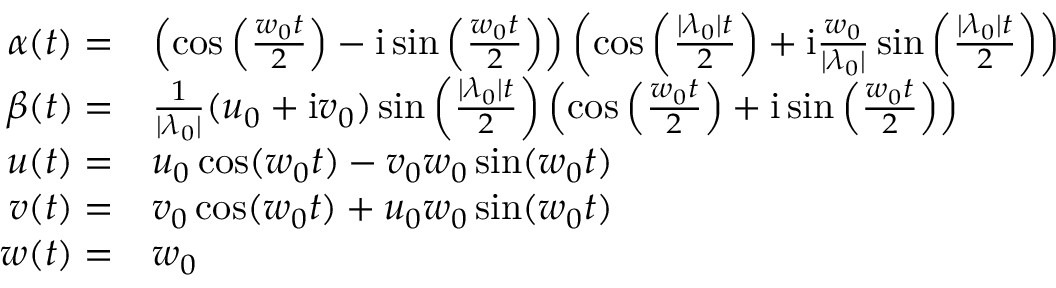
\begin{array} { r l } { \alpha ( t ) = } & { \left( \cos \left( \frac { w _ { 0 } t } { 2 } \right) - \mathrm { i } \sin \left( \frac { w _ { 0 } t } { 2 } \right) \right) \left( \cos \left( \frac { | \lambda _ { 0 } | t } { 2 } \right) + \mathrm { i } \frac { w _ { 0 } } { | \lambda _ { 0 } | } \sin \left( \frac { | \lambda _ { 0 } | t } { 2 } \right) \right) } \\ { \beta ( t ) = } & { \frac { 1 } { | \lambda _ { 0 } | } ( u _ { 0 } + \mathrm { i } v _ { 0 } ) \sin \left( \frac { | \lambda _ { 0 } | t } { 2 } \right) \left( \cos \left( \frac { w _ { 0 } t } { 2 } \right) + \mathrm { i } \sin \left( \frac { w _ { 0 } t } { 2 } \right) \right) } \\ { u ( t ) = } & { u _ { 0 } \cos ( w _ { 0 } t ) - v _ { 0 } w _ { 0 } \sin ( w _ { 0 } t ) } \\ { v ( t ) = } & { v _ { 0 } \cos ( w _ { 0 } t ) + u _ { 0 } w _ { 0 } \sin ( w _ { 0 } t ) } \\ { w ( t ) = } & { w _ { 0 } } \end{array}